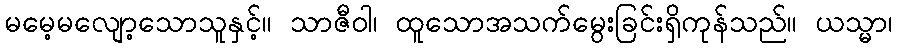
မမေ့မလျော့သောသူနှင့်။ သာဇီဝါ၊ ထူသောအသက်မွေးခြင်းရှိကုန်သည်။ ယသ္မာ၊